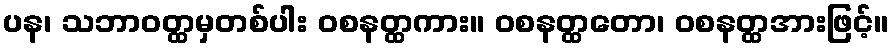
ပန၊ သဘာဝတ္ထမှတစ်ပါး ဝစနတ္ထကား။ ဝစနတ္ထတော၊ ဝစနတ္ထအားဖြင့်။